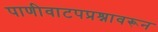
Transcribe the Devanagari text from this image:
पाणीवाटपप्रश्नावरून